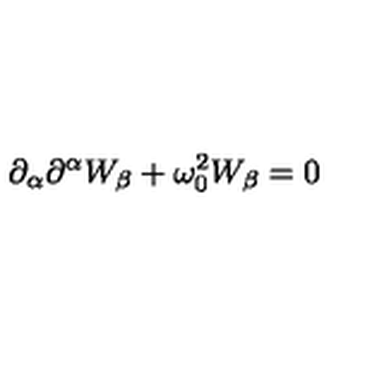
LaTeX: \partial _ { \alpha } \partial ^ { \alpha } W _ { \beta } + \omega _ { 0 } ^ { 2 } W _ { \beta } = 0